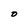
Character: O